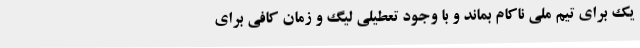
یک برای تیم ملی ناکام بماند و با وجود تعطیلی لیگ و زمان کافی برای